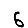
Digit: 6